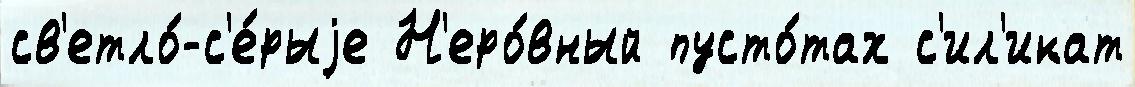
св'етло́-с'е́рыjе Н'еро́вный пусто́тах с'ил'икат